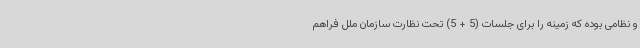
و نظامی بوده که زمینه را برای جلسات (5 + 5) تحت نظارت سازمان ملل فراهم